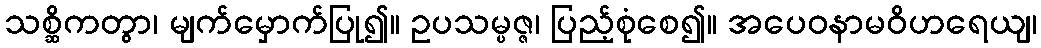
သစ္ဆိကတွာ၊ မျက်မှောက်ပြု၍။ ဥပသမ္ပဇ္ဇ၊ ပြည့်စုံစေ၍။ အပေဝနာမဝိဟရေယျ၊